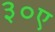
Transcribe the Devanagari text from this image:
३०ए